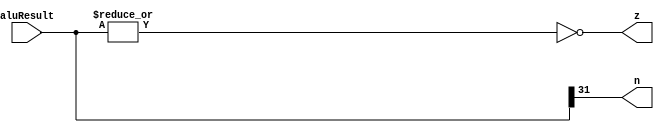
module new_component(aluResult,z,n);//ALU operation according to the ALU control line values
input [31:0] aluResult;
output z,n;
assign z = ~(|aluResult);
assign n = aluResult[31]; 
endmodule